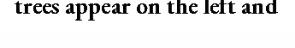
trees appear on the left and